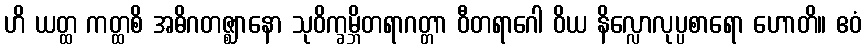
ဟိ ယတ္ထ ကတ္ထစိ အဓိဂတဇ္ဈာနော သုဝိက္ခမ္ဘိတရာဂတ္တာ ဝီတရာဂေါ ဝိယ နိလ္လောလုပ္ပစာရော ဟောတိ။ ဧဝံ